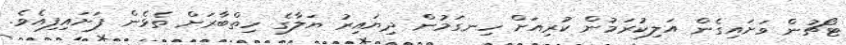
ޓޯޗުން ވަށައިގެން އަލިކުރަމުން ކުރިއަށް ހިނގަމުން ދިޔައިރު ޔަލާގެ ހިތްބާރަށް ތެޅެން ފަށައިފިއެވެ.